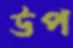
উপ